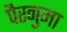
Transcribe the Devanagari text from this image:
पैरनुमा